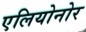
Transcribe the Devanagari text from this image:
एलियोनोर